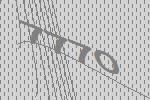
7770